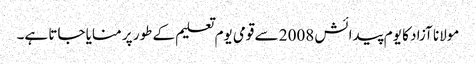
مولانا آزاد کا یوم پیدائش 2008 سے قومی یوم تعلیم کے طور پر منایا جاتا ہے۔